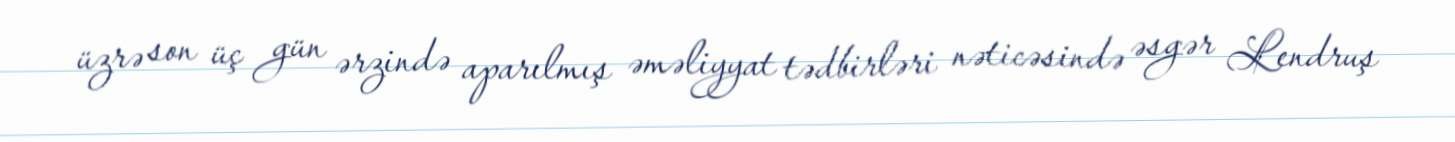
üzrə son üç gün ərzində aparılmış əməliyyat tədbirləri nəticəsində əsgər Lendruş